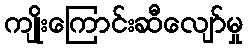
ကျိုးကြောင်းဆီလျော်မှု